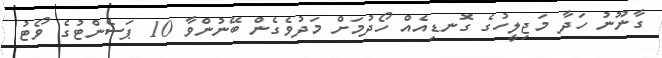
ގާނޫނު ހަދާ މަޖިލީހުގެ ގޮނޑިއެއް ހޯދުމަށް މަދުވެގެން ބޭނުންވާ 10 ޕަސެންޓުގެ ވޯޓު